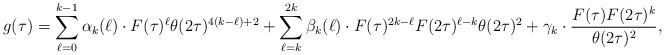
LaTeX: \begin{align*}g(\tau)=\sum_{\ell=0}^{k-1}\alpha_k(\ell)\cdot F(\tau)^\ell\theta(2\tau)^{4(k-\ell)+2}+\sum_{\ell=k}^{2k}\beta_k(\ell)\cdot F(\tau)^{2k-\ell}F(2\tau)^{\ell-k}\theta(2\tau)^2+\gamma_k\cdot \dfrac{F(\tau)F(2\tau)^k}{\theta(2\tau)^2}, \end{align*}